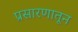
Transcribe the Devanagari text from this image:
प्रसारणातून